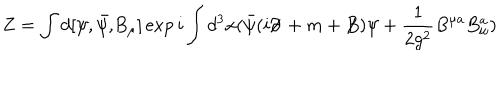
Z = \int d [ \psi , \bar { \psi , } B _ { \mu } ] \exp i \int d ^ { 3 } x ( \bar { \psi } ( i \partial \! \! \! / \, + m + B \! \! \! \! / \, ) \psi + \frac { 1 } { 2 g ^ { 2 } } B ^ { \mu a } B _ { \mu } ^ { a } )